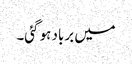
میں برباد ہو گئی۔